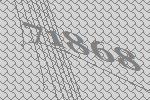
71868